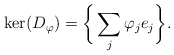
\begin{align*} \ker(D_{\varphi})=\bigg\{\sum_j\varphi_je_j\bigg\}.\end{align*}